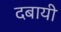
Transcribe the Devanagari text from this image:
दबायी